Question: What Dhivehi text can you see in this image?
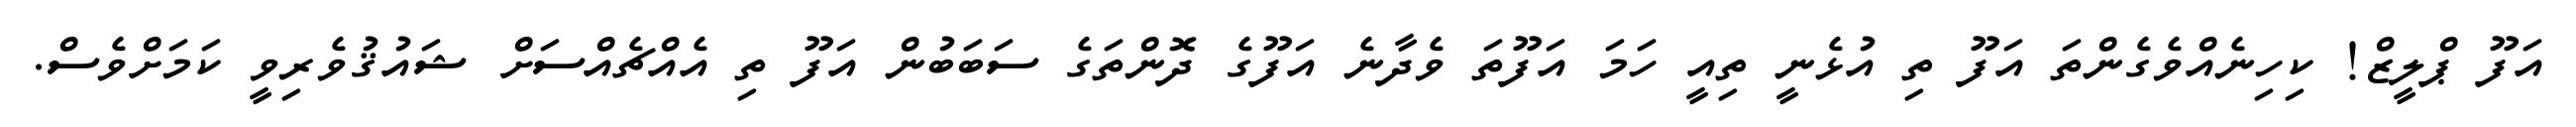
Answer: އަފޫ ޕްލީޒް! ކިހިނެއްވެގެންތަ އަފޫ ތި އުޅެނީ ތިއީ ހަމަ އަފޫތަ ވެދާނެ އަފޫގެ ދޮންތަގެ ސަބަބުން އަފޫ ތި އެއްޗެއްސަށް ޝައުޤުވެރިވީ ކަމަށްވެސް.